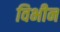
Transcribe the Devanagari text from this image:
विभीन